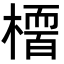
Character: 𭫻